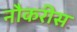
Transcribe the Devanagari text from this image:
नौकरीस